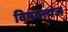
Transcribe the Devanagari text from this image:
विषवत्त्यज